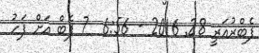
ފެބްރުއަރީ 28